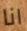
انا